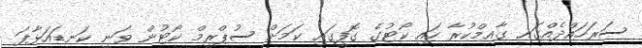
ސަރަހައްދެއްގައި ގާއިމްކުރާ ހައި ކޯޓުގެ ގޮފީގައި ކަމަށް ސުޕްރީމް ކޯޓުން ވަނީ ކަނޑައަޅާފަ